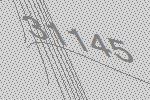
31145